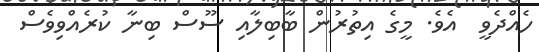
ހެއްދެވީ  އެވެ. މީގެ އިތުރުން ބާބިލާއި ސޫސް ބިނާ ކުރެއްވިވެސް